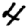
Digit: 4